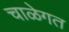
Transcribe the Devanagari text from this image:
चाळेगत